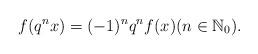
LaTeX: \begin{align*} f(q^nx)= (-1)^n q^n f(x)(n\in \mathbb{N}_0). \end{align*}